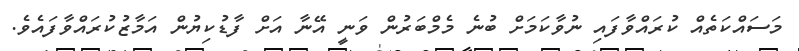
މަސައްކަތެއް ކުރައްވާފައި ނުވާކަމަށް ބުނެ މެމްބަރުން ވަނީ އޭނާ އަށް ފާޑުކިޔުން އަމާޒުކުރައްވާފައެވެ.